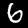
Label: 6